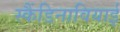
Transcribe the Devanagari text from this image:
स्कैंडिनावियाई